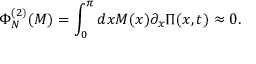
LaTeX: \Phi _ { N } ^ { ( 2 ) } ( M ) = \int _ { 0 } ^ { \pi } d x M ( x ) \partial _ { x } \Pi ( x , t ) \approx 0 .